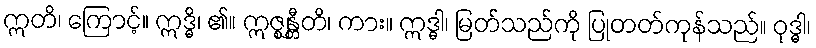
ဣတိ၊ ကြောင့်။ ဣဒ္ဓိ၊ ၏။ ဣဇ္ဈန္တီတိ၊ ကား။ ဣဒ္ဓါ၊ မြတ်သည်ကို ပြုတတ်ကုန်သည်။ ဝုဒ္ဓါ၊